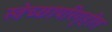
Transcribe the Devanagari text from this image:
स्वेच्छापरिगृहीत